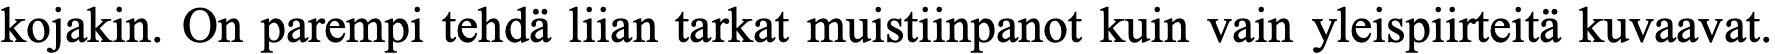
kojakin. On parempi tehdä liian tarkat muistiinpanot kuin vain yleispiirteitä kuvaavat.